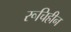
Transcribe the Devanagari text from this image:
रूचिहीन